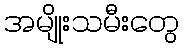
အမျိုးသမီးတွေ